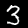
Label: 3